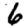
Digit: 6